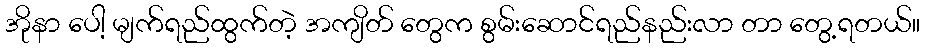
အိုနာ ပေါ့ မျက်ရည်ထွက်တဲ့ အကျိတ် တွေက စွမ်းဆောင်ရည်နည်းလာ တာ တွေ့ရတယ်။